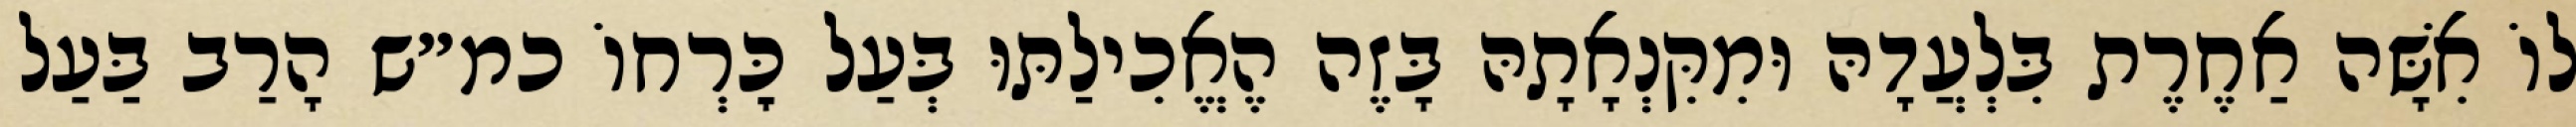
לוֹ אִשָּׁה אַחֶרֶת בִּלְעֲדָהּ וּמִקִּנְאָתָהּ בָּזֶה הֶאֱכִילַתּוּ בְּעַל כׇּרְחוֹ כמ״ש הָרַב בַּעַל